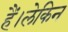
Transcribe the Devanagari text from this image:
हैं।लेकिन